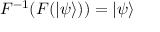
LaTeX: F ^ { - 1 } ( F ( | \psi \rangle ) ) = | \psi \rangle